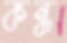
কন্ধ